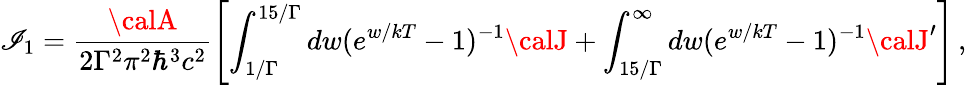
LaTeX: \mathscr{I}_{1}=\frac{{{\calA}}}{{2\Gamma^{2}\pi^{2}\hbar^{3}c^{2}}}\left[\int_{1/\Gamma}^{15/\Gamma}dw(e^{w/kT}-1)^{-1}{\calJ}+\int_{15/\Gamma}^{\infty}dw(e^{w/kT}-1)^{-1}{\calJ^{\prime}}\right]\, ,